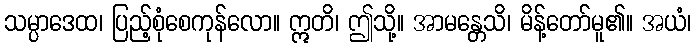
သမ္ပာဒေထ၊ ပြည့်စုံစေကုန်လော။ ဣတိ၊ ဤသို့။ အာမန္တေသိ၊ မိန့်တော်မူ၏။ အယံ၊